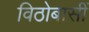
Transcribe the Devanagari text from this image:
विठोबासीं